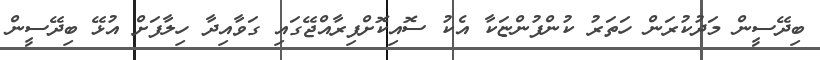
ބިދޭސީން މަދުކުރަން ހަތަރު ކުންފުންޏަކާ އެކު ސޮއިކޮށްފިރާއްޖޭގައި ގަވާއިދާ ހިލާފަށް އުޅޭ ބިދޭސީން